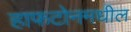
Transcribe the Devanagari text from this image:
हाफटोनमधील